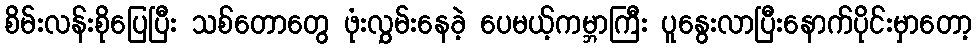
စိမ်းလန်းစိုပြေပြီး သစ်တောတွေ ဖုံးလွှမ်းနေခဲ့ ပေမယ့်ကမ္ဘာကြီး ပူနွေးလာပြီးနောက်ပိုင်းမှာတော့